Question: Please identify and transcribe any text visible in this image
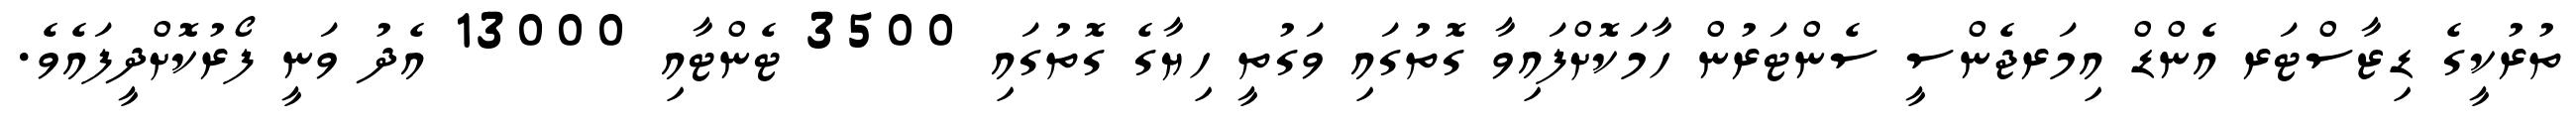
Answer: ތުރުކީގެ ޑިޒާސްޓަރ އެންޑް އިމަރޖެންސީ ސެންޓަރުން ހާމަކޮށްފައިވާ ގޮތުގައި ވަގުތީ ހިޔާގެ ގޮތުގައި 3500 ޓެންޓާއި 13000 އެދު ވަނީ ފޯރުކޮށްދީފައެވެ.